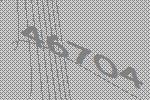
46704